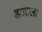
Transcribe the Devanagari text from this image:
ह्यातला